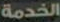
الخدمة